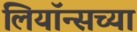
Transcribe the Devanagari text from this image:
लियॉन्सच्या